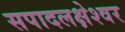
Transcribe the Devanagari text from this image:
सपादलक्षेश्वर